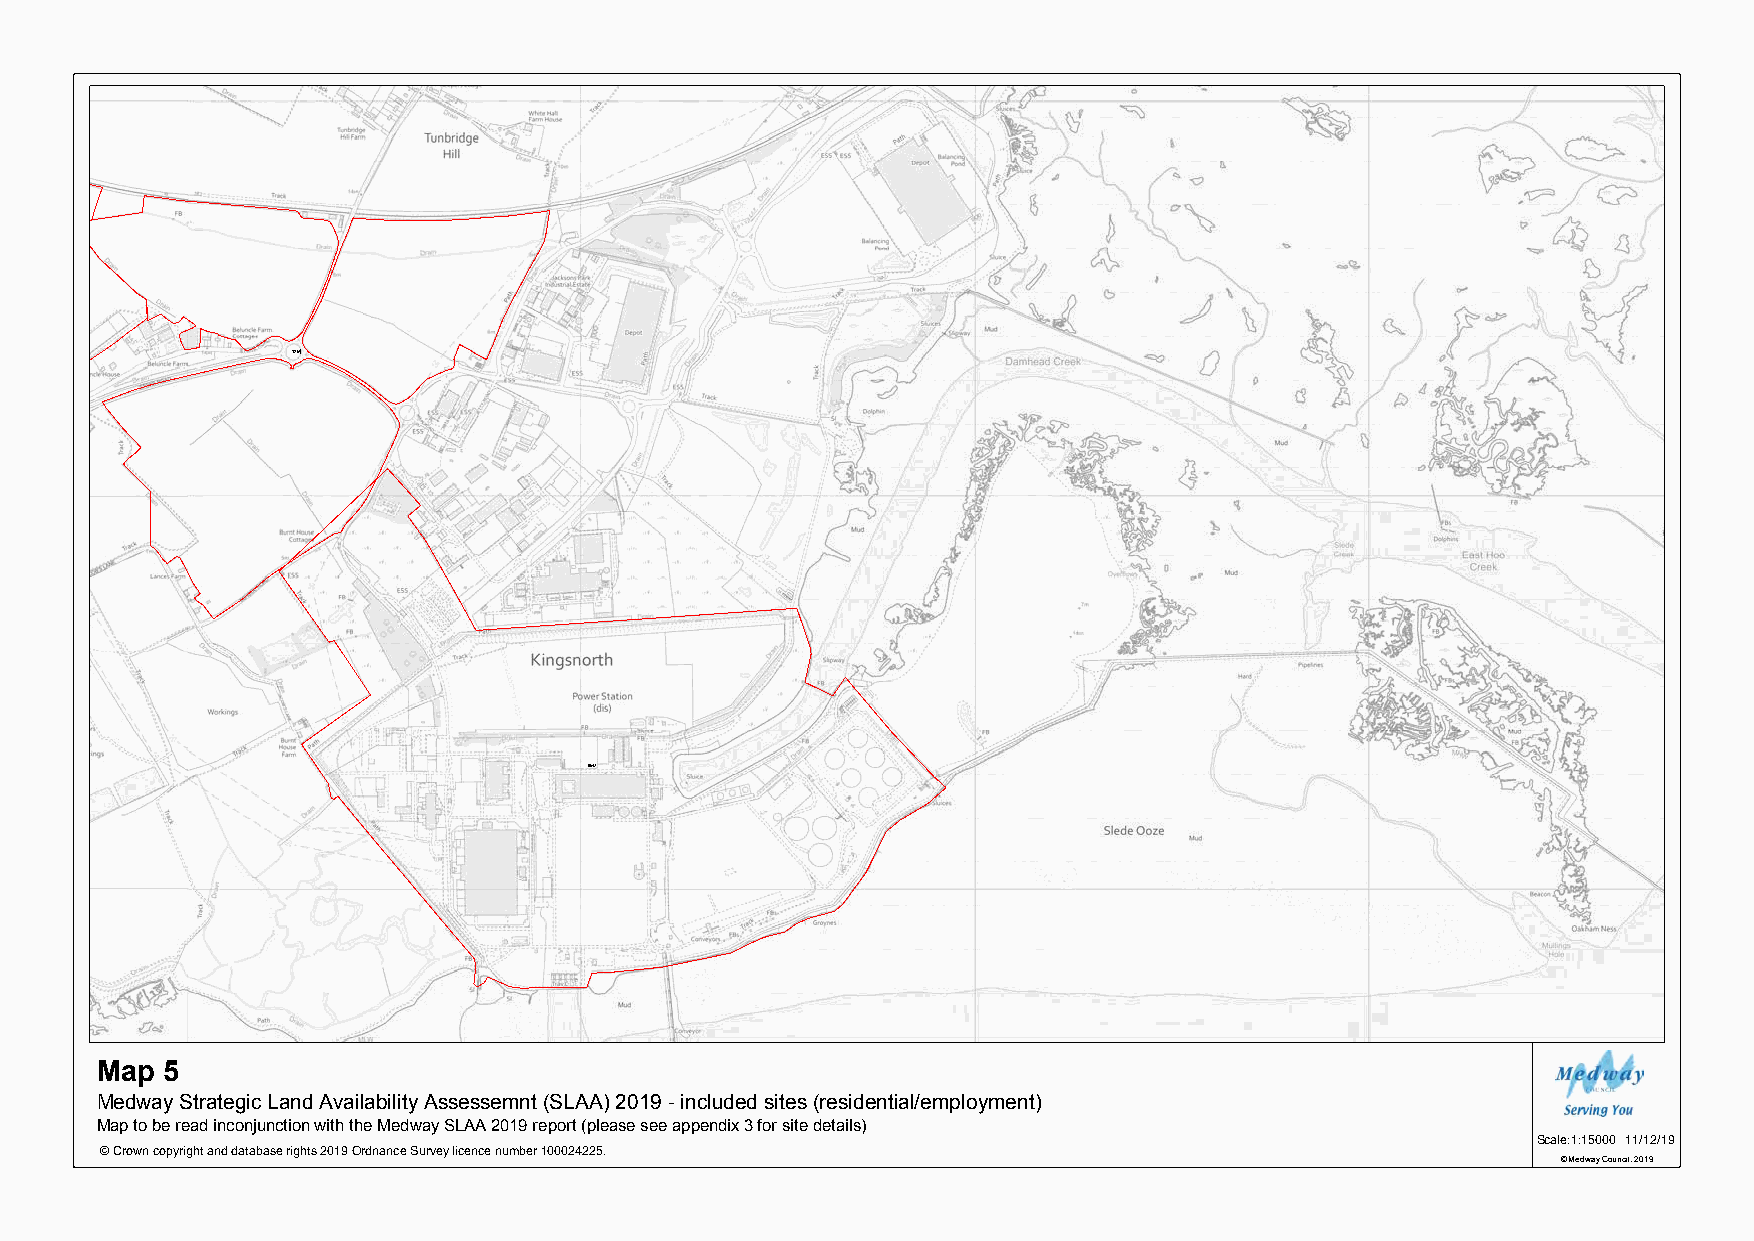
1251
 0647
 Map  5
 Medway Strategic Land Availability Assessemnt (SLAA) 2019 - included sites (residential/employment)
 Map to be read inconjunction with the Medway SLAA 2019 report (please see appendix 3 for site details)
 Scale:1:15000 11/12/19
 © Crown copyright and database rights 2019 Ordnance Survey licence number 100024225.
 © Medway Council, 2019